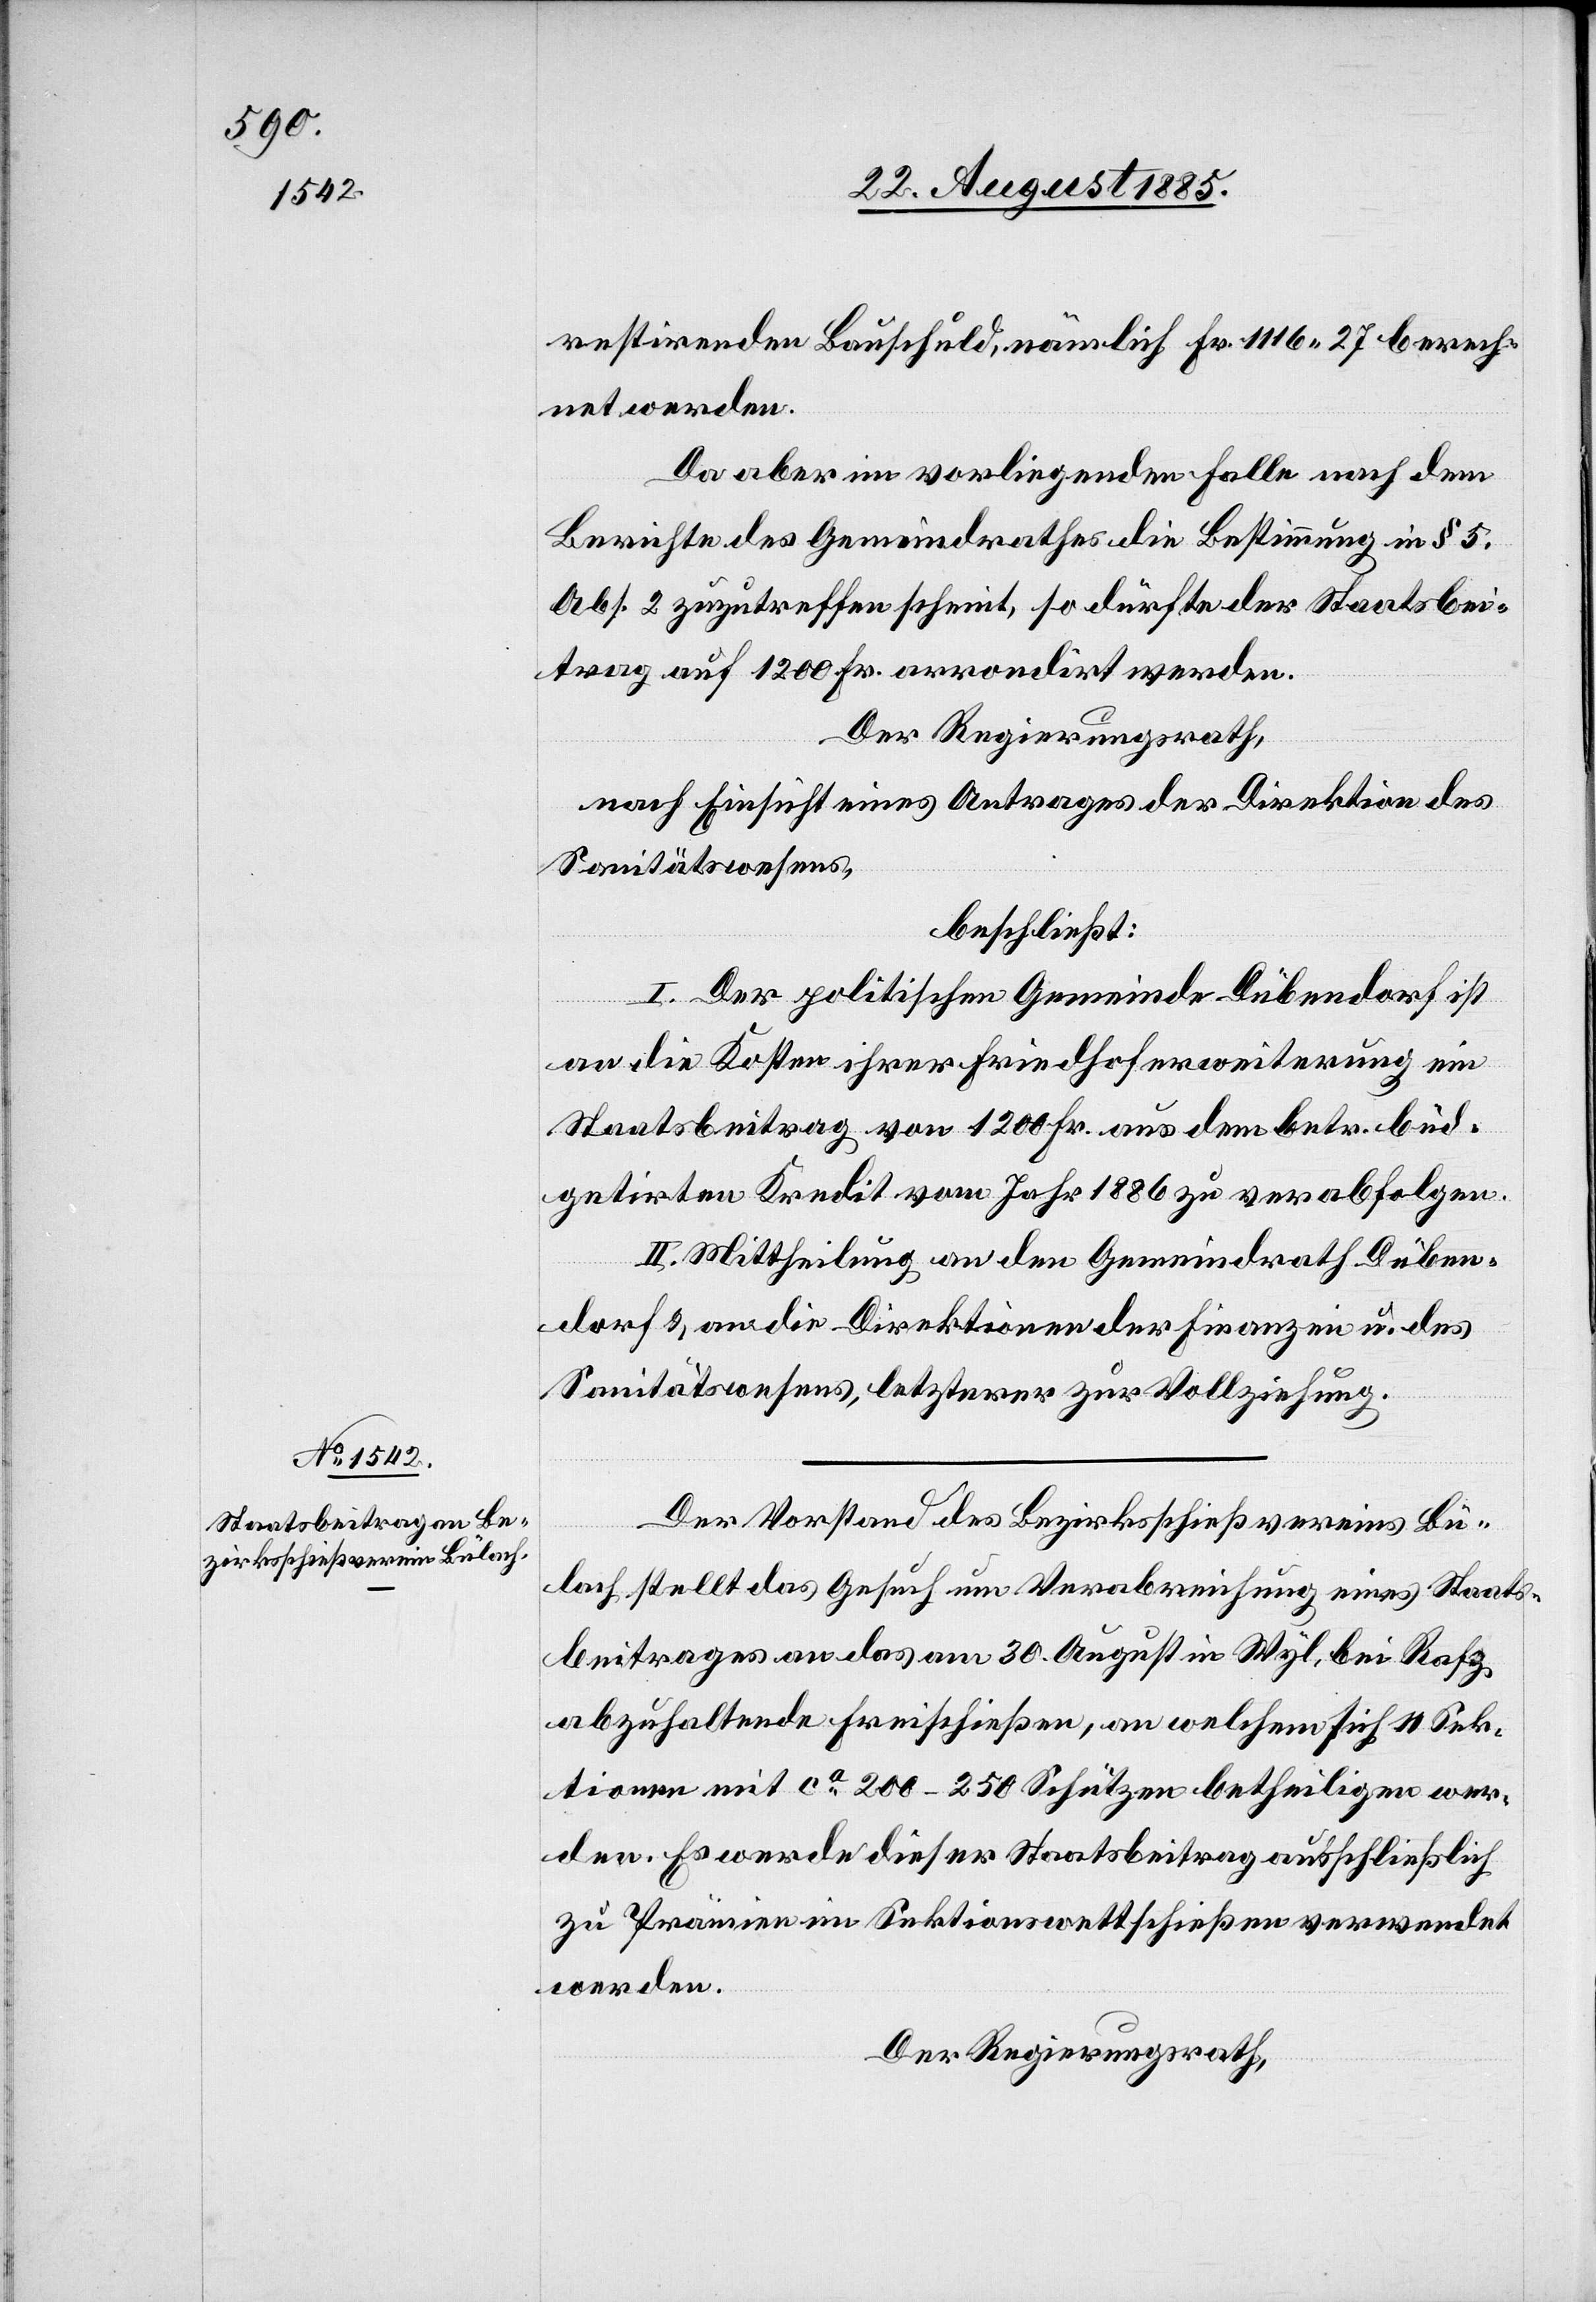
restirenden Bauschuld, nämlich Fr. 1116 27 berech¬
net werden.
Da aber im vorliegenden Falle nach dem
Berichte des Gemeindrathes die Bestimmung in § 5,
Abs. 2 zuzutreffen scheint, so dürfte der Staatsbei¬
trag auf 1200 Fr. arrondirt werden.
Der Regierungsrath,
nach Einsicht eines Antrages der Direktion des
Sanitätswesens,
beschließt:
I. Der politischen Gemeinde Dübendorf ist
an die Kosten ihrer Friedhoferweiterung ein
Staatsbeitrag von 1200 Fr. aus dem betr. büd¬
getirten Kredit vom Jahr 1886 zu verabfolgen.
II. Mittheilung an den Gemeindrath Düben¬
dorf & an die Direktionen der Finanzen u. des
Sanitätswesens, letzterer zur Vollziehung.
Der Vorstand des Bezirksschießvereins Bü¬
lach stellt das Gesuch um Verabreichung eines Staats¬
beitrages an das am 30. August in Wyl, bei Rafz
abzuhaltende Freischießen, an welchem sich 11 Sek¬
tionen mit ca 200–250 Schützen betheiligen wer¬
den. Es werde dieser Staatsbeitrag ausschließlich
zu Prämien im Sektionswettschießen verwendet
werden.
Der Regierungsrath